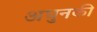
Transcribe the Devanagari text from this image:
अधुनकी